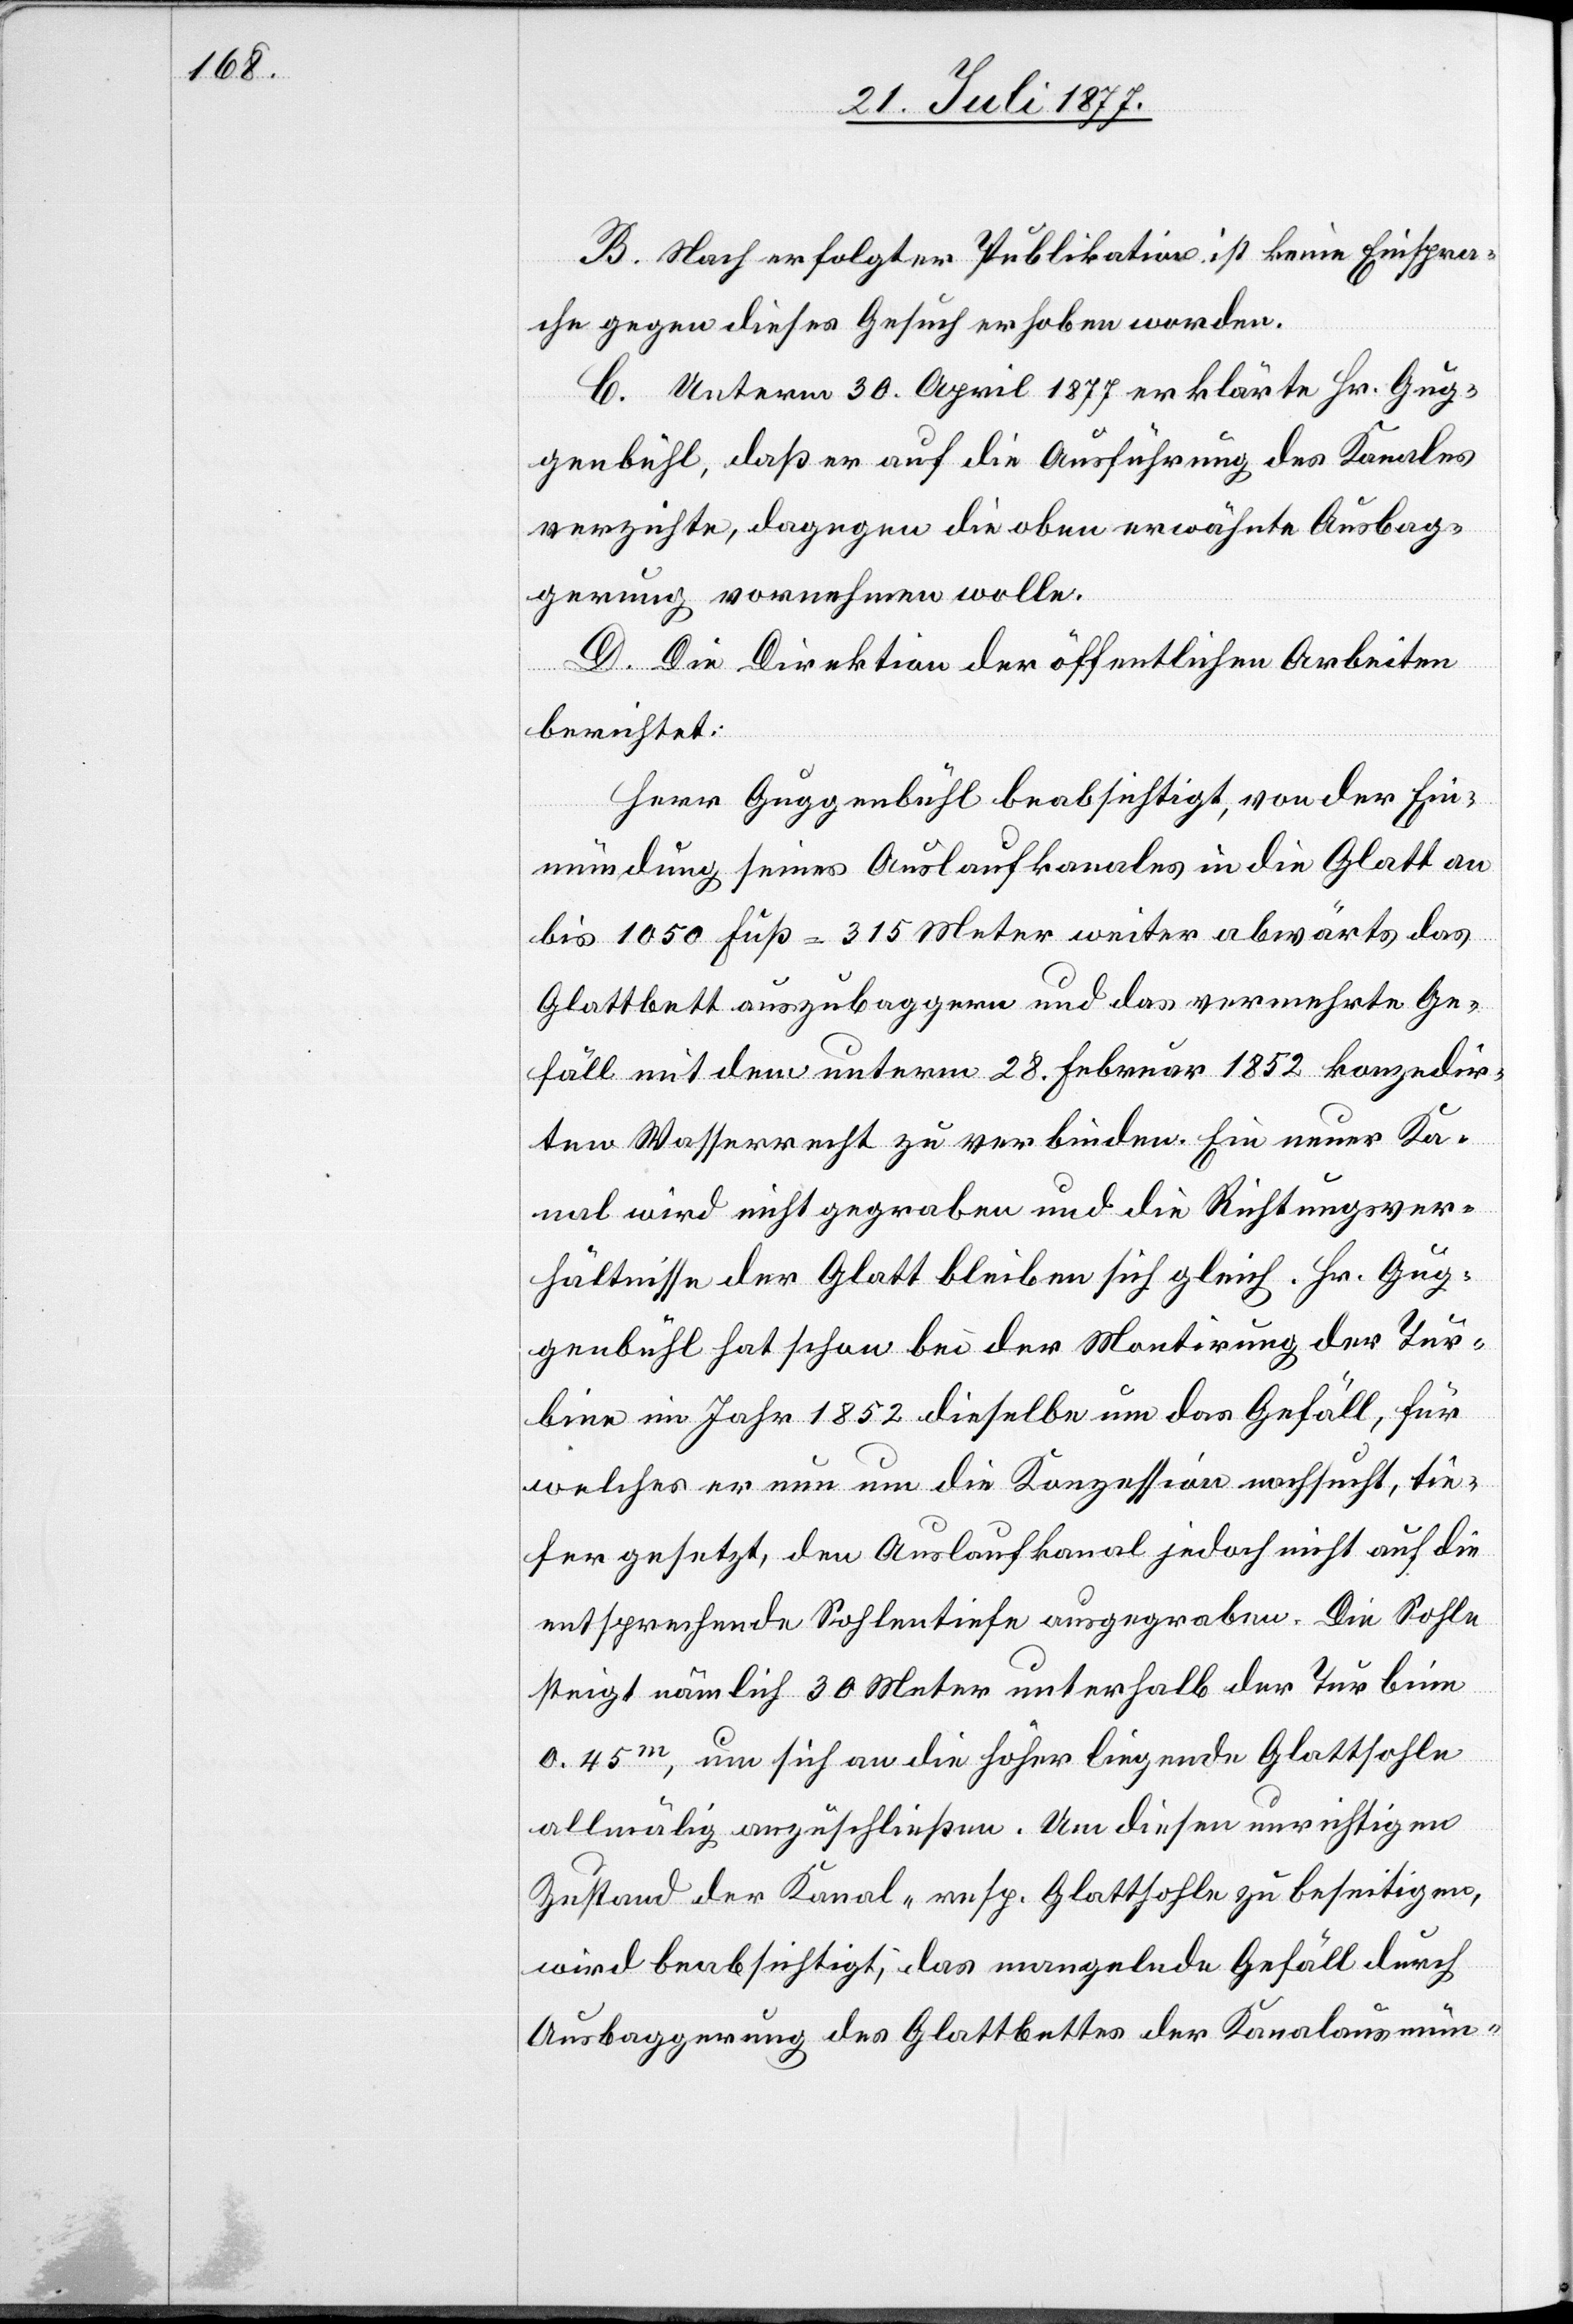
B. Nach erfolgter Publikation ist keine Einspra¬
che gegen dieses Gesuch erhoben worden.
C. Unterm 30. April 1877 erklärte Hr. Gug¬
genbühl, daß er auf die Ausführung des Kanales
verzichte, dagegen die oben erwähnte Ausbag¬
gerung vornehmen wolle.
D. Die Direktion der öffentlichen Arbeiten
berichtet:
Herr Guggenbühl beabsichtigt, von der Ein¬
mündung seines Auslaufkanales in die Glatt an
bis 1050 Fuß = 315 Meter weiter abwärts das
Glattbett auszubaggern und das vermehrte Ge¬
fäll mit dem unterm 28. Februar 1852 konzedir¬
ten Wasserrecht zu verbinden. Ein neuer Ka¬
nal wird nicht gegraben und die Richtungsver¬
hältnisse der Glatt bleiben sich gleich. Hr. Gug¬
genbühl hat schon bei der Montirung der Tur¬
bine im Jahr 1852 dieselbe um das Gefäll, für
welches er nun um die Konzession nachsucht, tie¬
fer gesetzt, den Auslaufkanal jedoch nicht auf die
entsprechende Sohlentiefe ausgegraben. Die Sohle
steigt nämlich 30 Meter unterhalb der Turbine
0.45m, um sich an die höher liegende Glattsohle
allmälig anzuschließen. Um diesen unrichtigen
Zustand der Kanal- resp. Glattsohle zu beseitigen,
wird beabsichtigt, das mangelnde Gefäll durch
Ausbaggerung des Glattbettes der Kanalausmün-